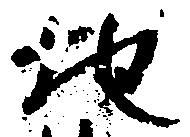
地